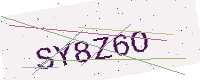
Text: SY8Z6O